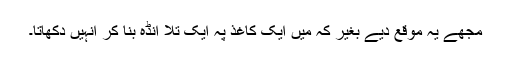
مجھے یہ موقع دیے بغیر کہ میں ایک کاغذ پہ ایک تلا انڈہ بنا کر انہیں دکھاتا۔